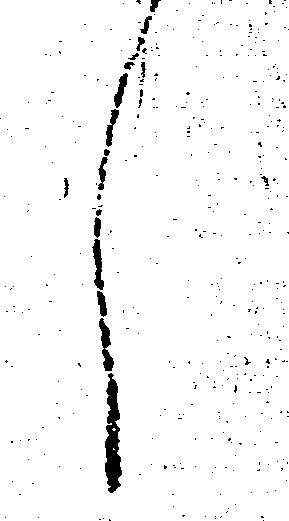
し